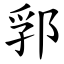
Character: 郛